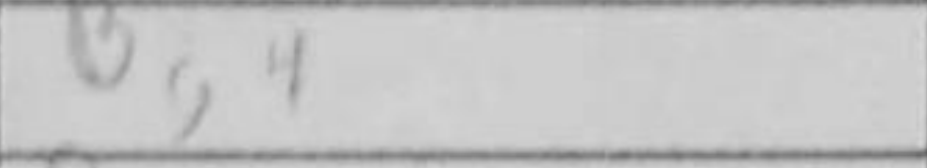
Transcription: Bg4